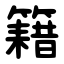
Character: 籍